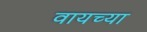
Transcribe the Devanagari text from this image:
वायच्या